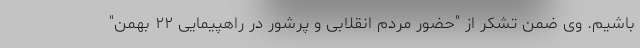
باشیم. وی ضمن تشکر از "حضور مردم انقلابی و پرشور در راهپیمایی ۲۲ بهمن"